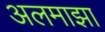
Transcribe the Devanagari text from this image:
अलमाझा